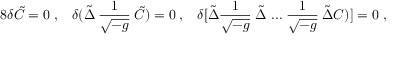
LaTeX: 8 \delta \tilde { C } = 0 \; , \; \; \; \delta ( \tilde { \Delta } \: \frac { 1 } { \sqrt { - g } } \: \tilde { C } ) = 0 \; , \; \; \; \delta [ \tilde { \Delta } \frac { 1 } { \sqrt { - g } } \; \tilde { \Delta } \; . . . \; \frac { 1 } { \sqrt { - g } } \: \tilde { \Delta } C ) ] = 0 \; ,